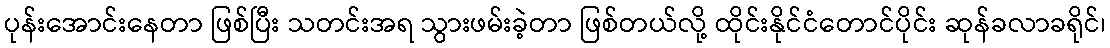
ပုန်းအောင်းနေတာ ဖြစ်ပြီး သတင်းအရ သွားဖမ်းခဲ့တာ ဖြစ်တယ်လို့ ထိုင်းနိုင်ငံတောင်ပိုင်း ဆုန်ခလာခရိုင်၊